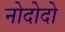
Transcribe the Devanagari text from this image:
नोदोदो